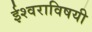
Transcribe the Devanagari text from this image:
ईश्वराविषयी